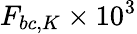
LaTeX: F_{bc,K}\times 10^{3}